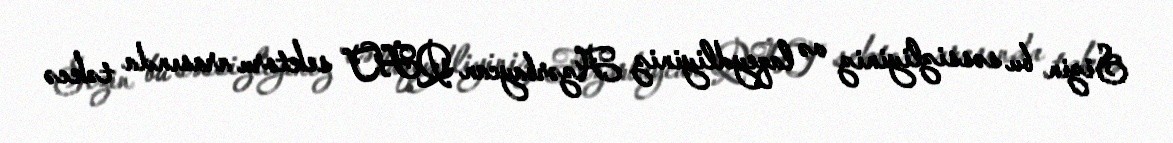
Sizin bu səssizliyiniz və laqeydliyiniz Azərbaycan QHT sektoru arasında təkcə